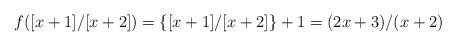
LaTeX: \begin{align*} f([x+1]/[x+2])=\{[x+1]/[x+2]\}+1=(2x+3)/(x+2) \end{align*}